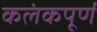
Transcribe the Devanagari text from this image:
कलंकपूर्ण